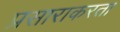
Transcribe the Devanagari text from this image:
प्रसाराकरता